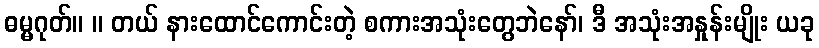
ဓမ္မဂုတ်။ ။ တယ် နားထောင်ကောင်းတဲ့ စကားအသုံးတွေဘဲနော်၊ ဒီ အသုံးအနှုန်းမျိုး ယခု